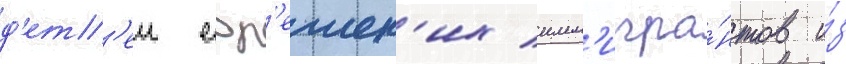
д'ет'еи евр'еиск'их имм'игра́нтов и́з